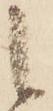
候